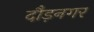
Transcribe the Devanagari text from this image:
दौड़नगर